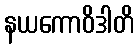
နယကောဝိဒါတိ